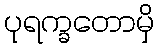
ပုရက္ခတောမှိ